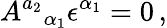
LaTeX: A^{a_{2}}{}_{\alpha_{1}}\epsilon^{\alpha_{1}}=0\, ,